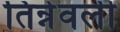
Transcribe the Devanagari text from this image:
तिन्नेवली